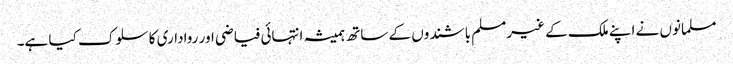
مسلمانوں نے اپنے ملک کے غیرمسلم باشندوں کے ساتھ ہمیشہ انتہائی فیاضی اور رواداری کا سلوک کیا ہے۔